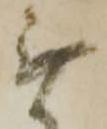
無